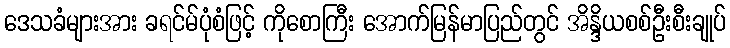
ဒေသခံများအား ခရင်မ်ပုံစံဖြင့် ကိုစောကြီး အောက်မြန်မာပြည်တွင် အိန္ဒိယစစ်ဦးစီးချုပ်